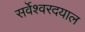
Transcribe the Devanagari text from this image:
सर्वेश्वरदयाल